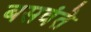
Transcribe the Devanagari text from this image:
बसवंते